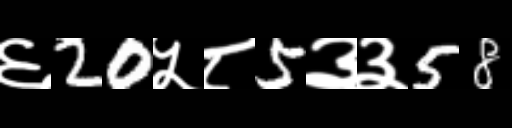
Text: ६20५८5३३58